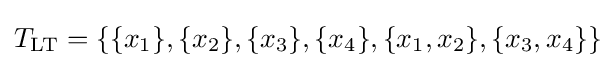
T_{\text{LT}}=\{\{x_{1}\},\{x_{2}\},\{x_{3}\},\{x_{4}\},\{x_{1},x_{2}\},\{x_{3},x_{4}\}\}